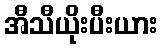
အီသီယိုးပီးယား